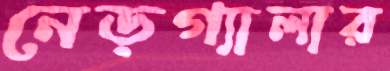
নেড়গ্যালার